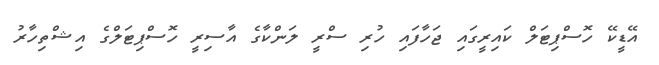
އޭޑީކޭ ހޮސްޕިޓަލް ކައިރީގައި ޖަހާފައި ހުރި ސްރީ ލަންކާގެ އާސިރީ ހޮސްޕިޓަލްގެ އިޝްތިހާރު